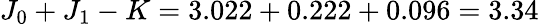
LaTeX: J_{0}+J_{1}-K=3.022+0.222+0.096=3.34